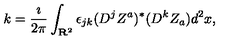
k = \frac { \imath } { 2 \pi } \int _ { { \bf R } ^ { 2 } } \epsilon _ { j k } ( D ^ { j } Z ^ { a } ) ^ { * } ( D ^ { k } Z _ { a } ) d ^ { 2 } x ,